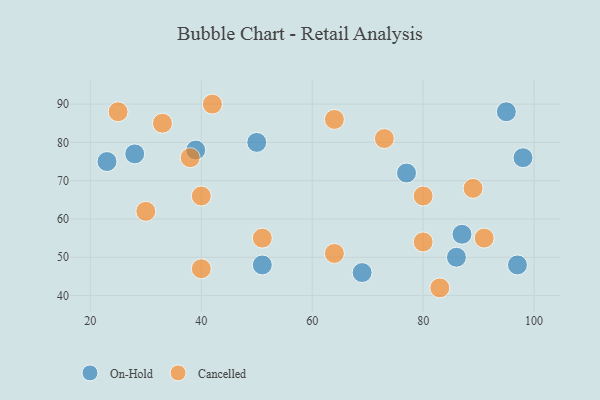
{"axis": {"x": "GDP", "y": "Life Expectancy"}, "legend": ["Cancelled", "On-Hold"], "data": [{"x": "28", "y": 77, "type": "On-Hold"}, {"x": "98", "y": 76, "type": "On-Hold"}, {"x": "51", "y": 48, "type": "On-Hold"}, {"x": "87", "y": 56, "type": "On-Hold"}, {"x": "50", "y": 80, "type": "On-Hold"}, {"x": "23", "y": 75, "type": "On-Hold"}, {"x": "95", "y": 88, "type": "On-Hold"}, {"x": "39", "y": 78, "type": "On-Hold"}, {"x": "86", "y": 50, "type": "On-Hold"}, {"x": "77", "y": 72, "type": "On-Hold"}, {"x": "97", "y": 48, "type": "On-Hold"}, {"x": "69", "y": 46, "type": "On-Hold"}, {"x": "38", "y": 76, "type": "Cancelled"}, {"x": "64", "y": 86, "type": "Cancelled"}, {"x": "80", "y": 66, "type": "Cancelled"}, {"x": "40", "y": 47, "type": "Cancelled"}, {"x": "73", "y": 81, "type": "Cancelled"}, {"x": "80", "y": 54, "type": "Cancelled"}, {"x": "40", "y": 66, "type": "Cancelled"}, {"x": "42", "y": 90, "type": "Cancelled"}, {"x": "25", "y": 88, "type": "Cancelled"}, {"x": "30", "y": 62, "type": "Cancelled"}, {"x": "51", "y": 55, "type": "Cancelled"}, {"x": "64", "y": 51, "type": "Cancelled"}, {"x": "91", "y": 55, "type": "Cancelled"}, {"x": "33", "y": 85, "type": "Cancelled"}, {"x": "83", "y": 42, "type": "Cancelled"}, {"x": "89", "y": 68, "type": "Cancelled"}]}